65_HS1-834228961_62-HQ-83894_Serial_130
Agency: FBI
Page 102
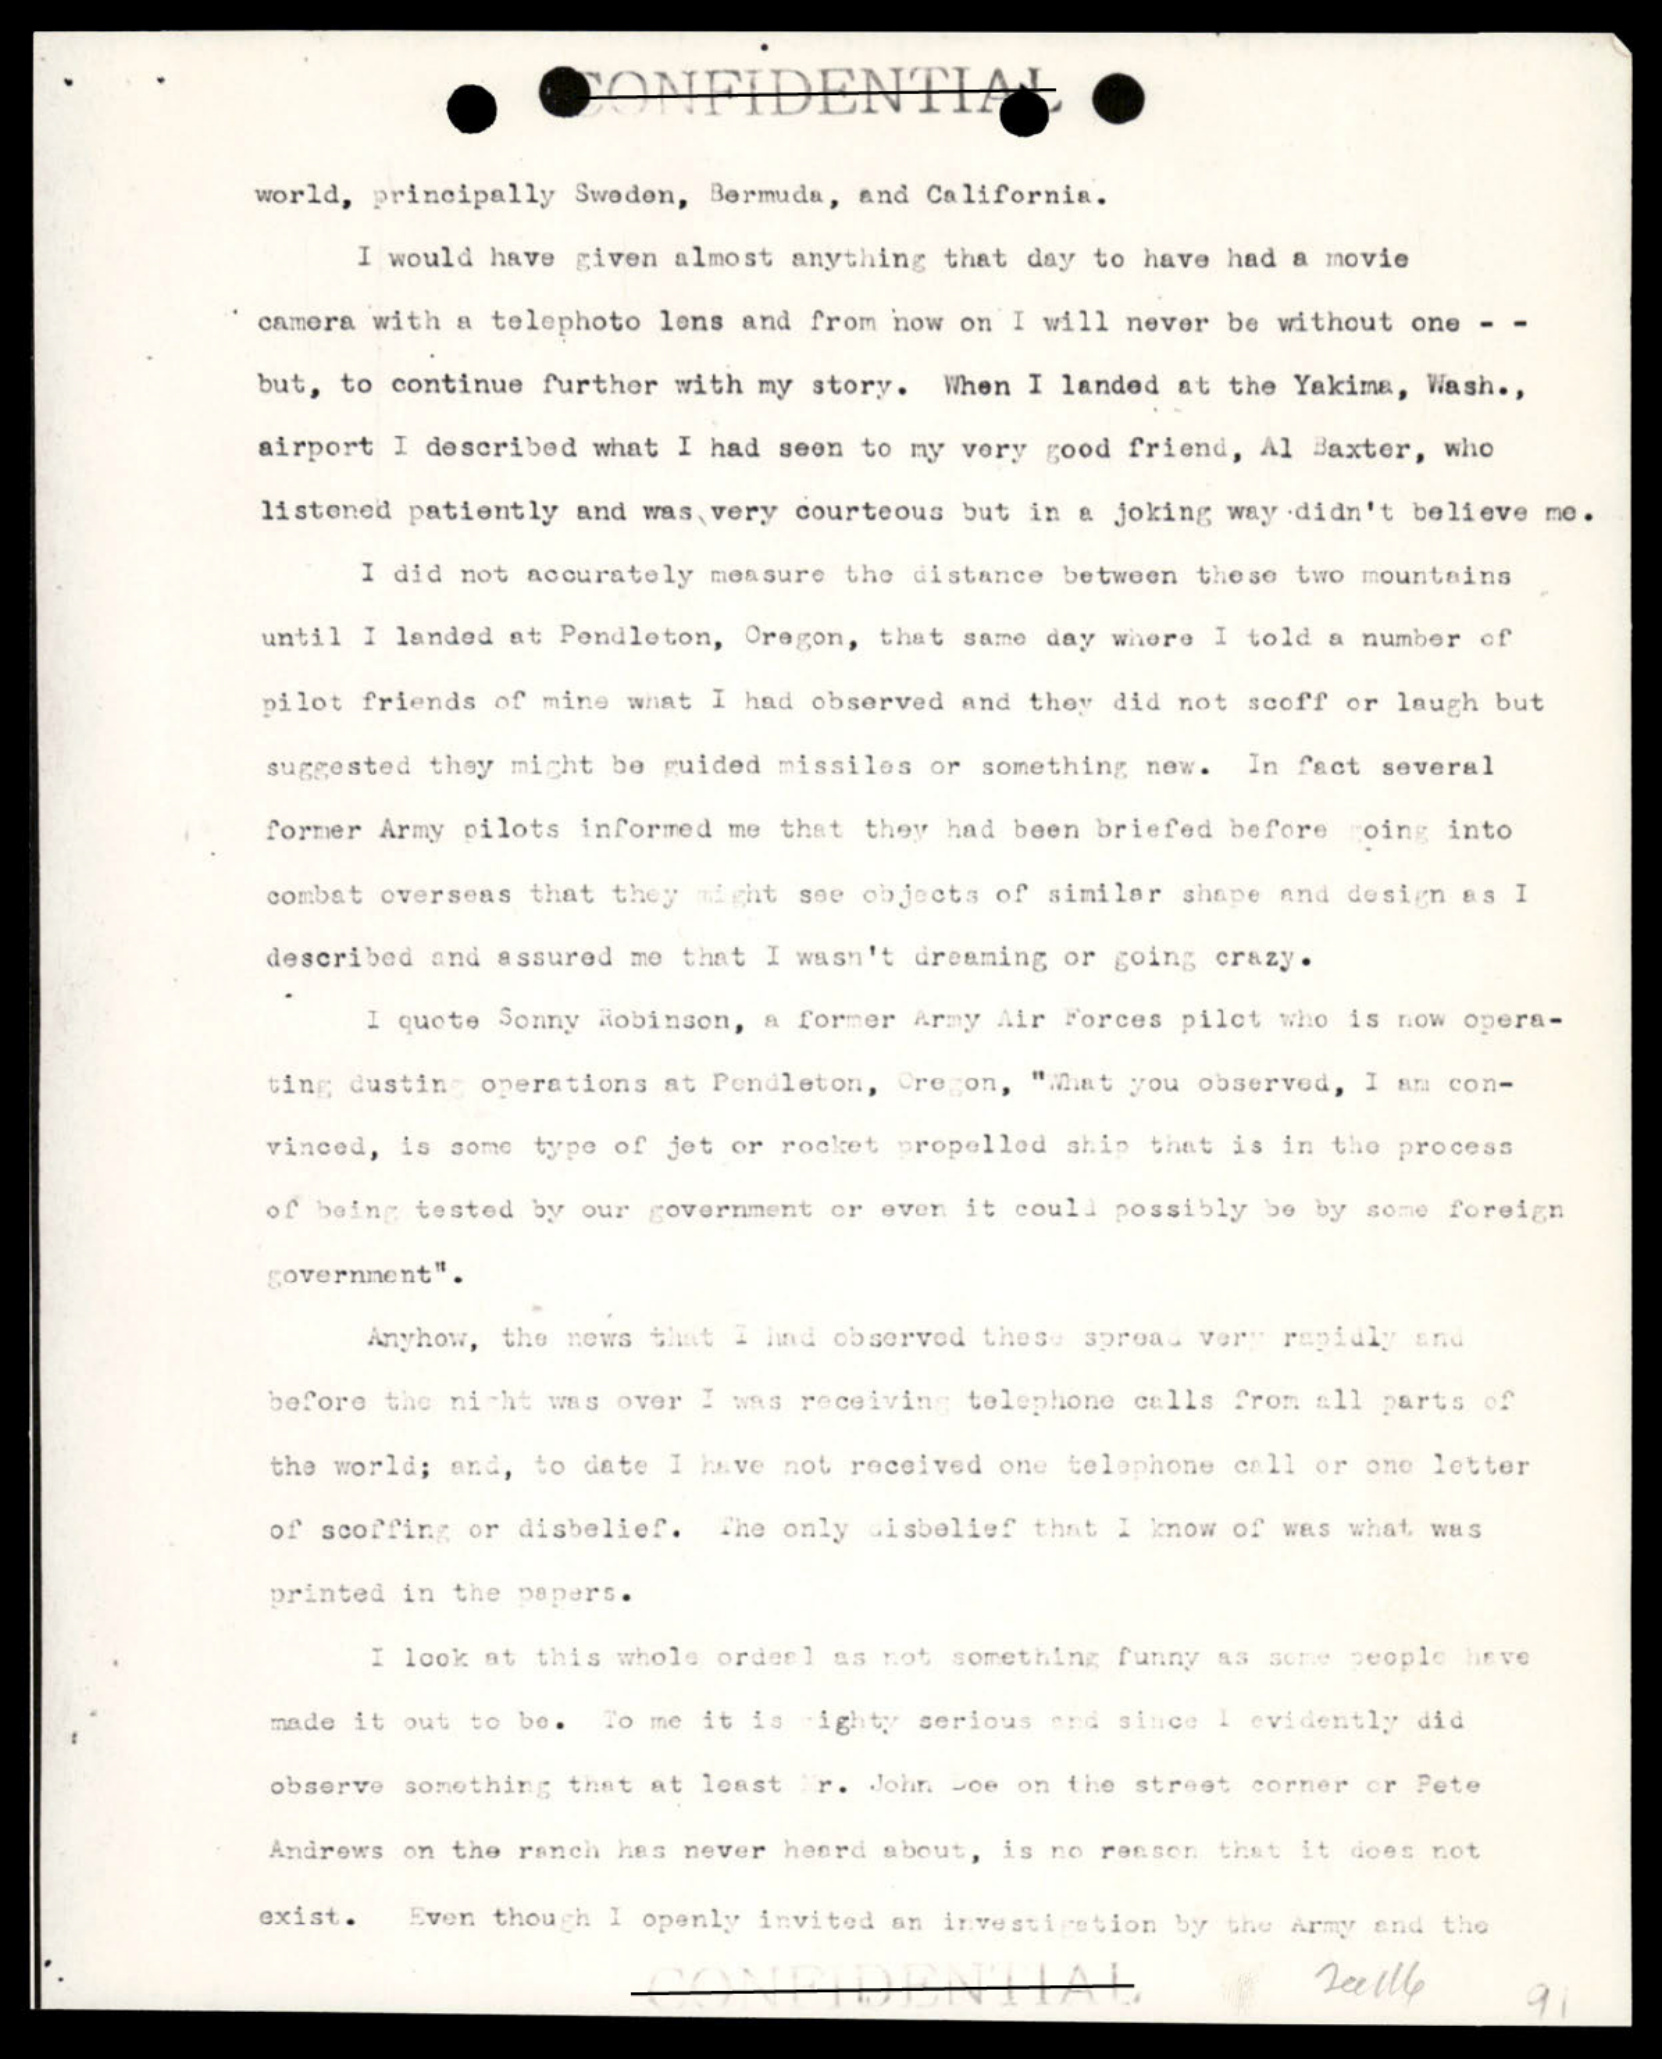